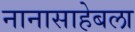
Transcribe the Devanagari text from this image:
नानासाहेबला